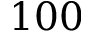
1 0 0